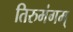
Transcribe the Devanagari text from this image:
तिरुमंगम्‌